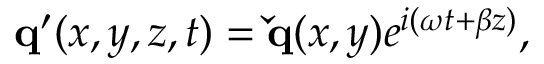
\mathbf { q } ^ { \prime } ( x , y , z , t ) = \mathbf { \check { q } } ( x , y ) e ^ { i ( \omega t + \beta z ) } ,